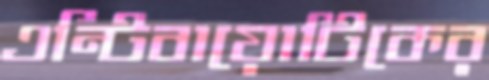
এন্টিবায়োটিকের